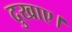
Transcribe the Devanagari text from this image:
दुखाए।